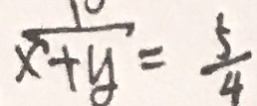
\frac { 1 0 } { x + y } = \frac { 5 } { 4 }